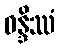
ဝန္ဒိဿံ